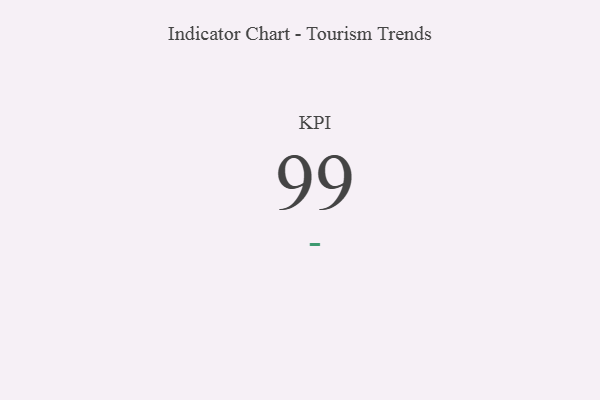
{"axis": {"x": "KPI", "y": "Value"}, "legend": [""], "data": [{"x": "KPI", "y": 99, "type": ""}]}